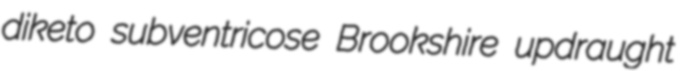
diketo subventricose Brookshire updraught